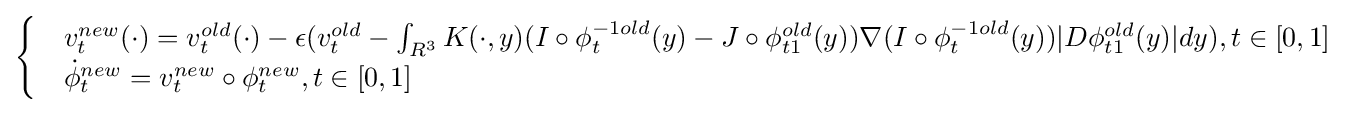
{\begin{cases}&v_{t}^{new}(\cdot )=v_{t}^{old}(\cdot )-\epsilon (v_{t}^{old}-\int _{R^{3}}K(\cdot ,y)(I\circ \phi _{t}^{-1old}(y)-J\circ \phi _{t1}^{old}(y))\nabla (I\circ \phi _{t}^{-1old}(y))|D\phi _{t1}^{old}(y)|dy),t\in [0,1]\\&{\dot {\phi }}_{t}^{new}=v_{t}^{new}\circ \phi _{t}^{new},t\in [0,1]\end{cases}}